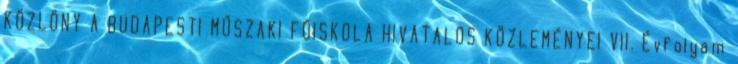
KÖZLÖNY A BUDAPESTI MŰSZAKI FŐISKOLA HIVATALOS KÖZLEMÉNYEI VII. Évfolyam